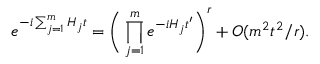
e ^ { - i \sum _ { j = 1 } ^ { m } H _ { j } t } = \Bigg ( \prod _ { j = 1 } ^ { m } e ^ { - i H _ { j } t ^ { \prime } } \Bigg ) ^ { r } + O ( m ^ { 2 } t ^ { 2 } / r ) .